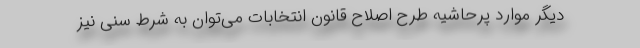
دیگر موارد پرحاشیه طرح اصلاح قانون انتخابات می‌توان به شرط سنی نیز